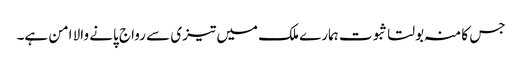
جس کا منہ بولتا ثبوت ہمارے ملک میں تیزی سے رواج پانے والا امن ہے۔